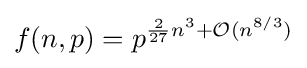
f(n,p)=p^{{\frac {2}{27}}n^{3}+{\mathcal {O}}(n^{8/3})}